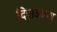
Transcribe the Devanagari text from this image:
दिए।आगरा